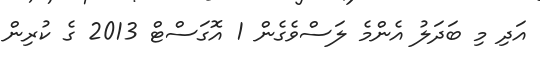
އަދި މި ބަދަލު އެންމެ ލަސްވެގެން 1 އޮގަސްޓް 2013 ގެ ކުރިން